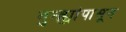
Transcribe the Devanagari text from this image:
गुन्ह्यांपासून